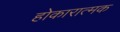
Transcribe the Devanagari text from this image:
होकारात्मक